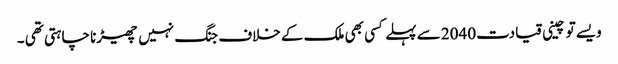
ویسے تو چینی قیادت 2040 سے پہلے کسی بھی ملک کے خلاف جنگ نہیں چھیڑنا چاہتی تھی ۔